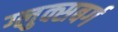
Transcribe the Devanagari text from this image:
ग्लुक्सबर्ग